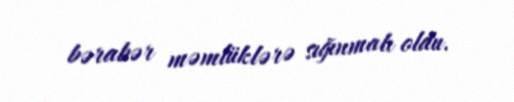
bərabər məmlüklərə sığınmalı oldu.